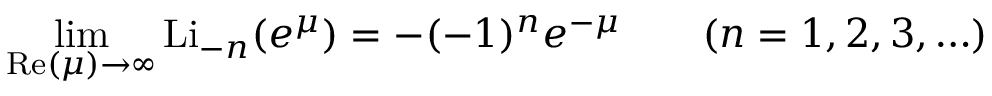
\operatorname* { l i m } _ { \operatorname { R e } ( \mu ) \to \infty } \operatorname { L i } _ { - n } ( e ^ { \mu } ) = - ( - 1 ) ^ { n } e ^ { - \mu } \qquad ( n = 1 , 2 , 3 , \ldots )